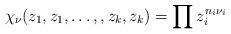
LaTeX: \begin{align*} \chi_{\nu}(z_1, z_1, \dots, , z_k, z_k) = \prod z_i^{n_i \nu_i} \end{align*}